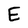
Character: E